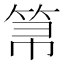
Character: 𱷼